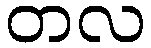
တလ